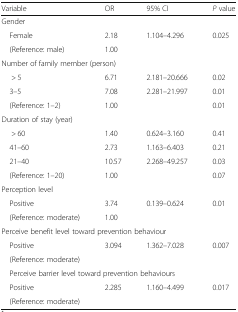
<table><thead><tr><td><b>Variable</b></td><td><b>OR</b></td><td><b>95% CI</b></td><td><b><i>P</i> value</b></td></tr></thead><tbody><tr><td colspan="4">Gender</td></tr><tr><td> Female</td><td>2.18</td><td>1.104–4.296</td><td>0.025</td></tr><tr><td> (Reference: male)</td><td>1.00</td><td></td><td></td></tr><tr><td colspan="4">Number of family member (person)</td></tr><tr><td>&gt; 5</td><td>6.71</td><td>2.181–20.666</td><td>0.02</td></tr><tr><td> 3–5</td><td>7.08</td><td>2.281–21.997</td><td>0.01</td></tr><tr><td> (Reference: 1–2)</td><td>1.00</td><td></td><td>0.01</td></tr><tr><td colspan="4">Duration of stay (year)</td></tr><tr><td>&gt; 60</td><td>1.40</td><td>0.624–3.160</td><td>0.41</td></tr><tr><td> 41–60</td><td>2.73</td><td>1.163–6.403</td><td>0.21</td></tr><tr><td> 21–40</td><td>10.57</td><td>2.268–49.257</td><td>0.03</td></tr><tr><td> (Reference: 1–20)</td><td>1.00</td><td></td><td>0.07</td></tr><tr><td colspan="4">Perception level</td></tr><tr><td> Positive</td><td>3.74</td><td>0.139–0.624</td><td>0.01</td></tr><tr><td> (Reference: moderate)</td><td>1.00</td><td></td><td></td></tr><tr><td colspan="4">Perceive benefit level toward prevention behaviour</td></tr><tr><td> Positive</td><td>3.094</td><td>1.362–7.028</td><td>0.007</td></tr><tr><td> (Reference: moderate)</td><td></td><td></td><td></td></tr><tr><td colspan="4"> Perceive barrier level toward prevention behaviours</td></tr><tr><td> Positive</td><td>2.285</td><td>1.160–4.499</td><td>0.017</td></tr><tr><td> (Reference: moderate)</td><td></td><td></td><td></td></tr></tbody></table>